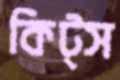
কিট্স